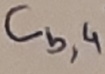
Text: Cb,4